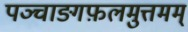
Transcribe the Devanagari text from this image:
पञ्चाङ्गफ़लमुत्तमम्